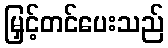
မြှင့်တင်ပေးသည်